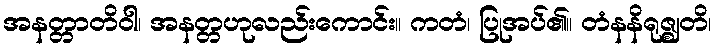
အနတ္တာတိဝါ၊ အနတ္တဟုလည်းကောင်း။ ကတံ၊ ပြုအပ်၏။ တံနနိရုဇ္ဈတိ၊